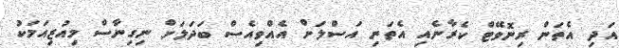
އަދި އެތަން ރިނޮވޭޓް ކެރާނެއި އެތަނި އަސްލަށް އެއްވިއެސް ބަދަލަށް ނިގިނާސް މިއުޒިއަމަކު